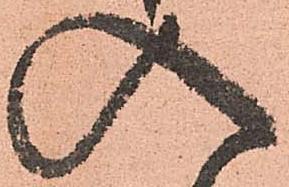
入